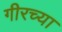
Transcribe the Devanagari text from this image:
गीरच्या